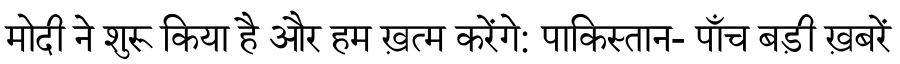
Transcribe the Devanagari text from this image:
मोदी ने शुरू किया है और हम ख़त्म करेंगे: पाकिस्तान- पाँच बड़ी ख़बरें